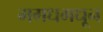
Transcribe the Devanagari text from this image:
मगधमधून